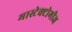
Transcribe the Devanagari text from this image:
मास्टेक्टोमीज